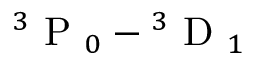
\ensuremath { { ^ 3 \mathrm { ~ P ~ } _ { 0 } } } - \ensuremath { { ^ 3 \mathrm { ~ D ~ } _ { 1 } } }